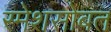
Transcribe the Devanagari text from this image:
रमेशसोबत